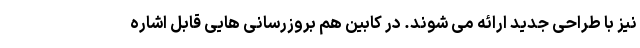
نیز با طراحی جدید ارائه می شوند. در کابین هم بروزرسانی هایی قابل اشاره